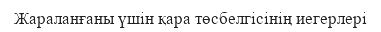
Жараланғаны үшін қара төсбелгісінің иегерлері